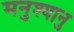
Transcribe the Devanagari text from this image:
मनुश्यानु